65_HS1-834228961_62-HQ-83894_Section_2
Agency: FBI
Page 103
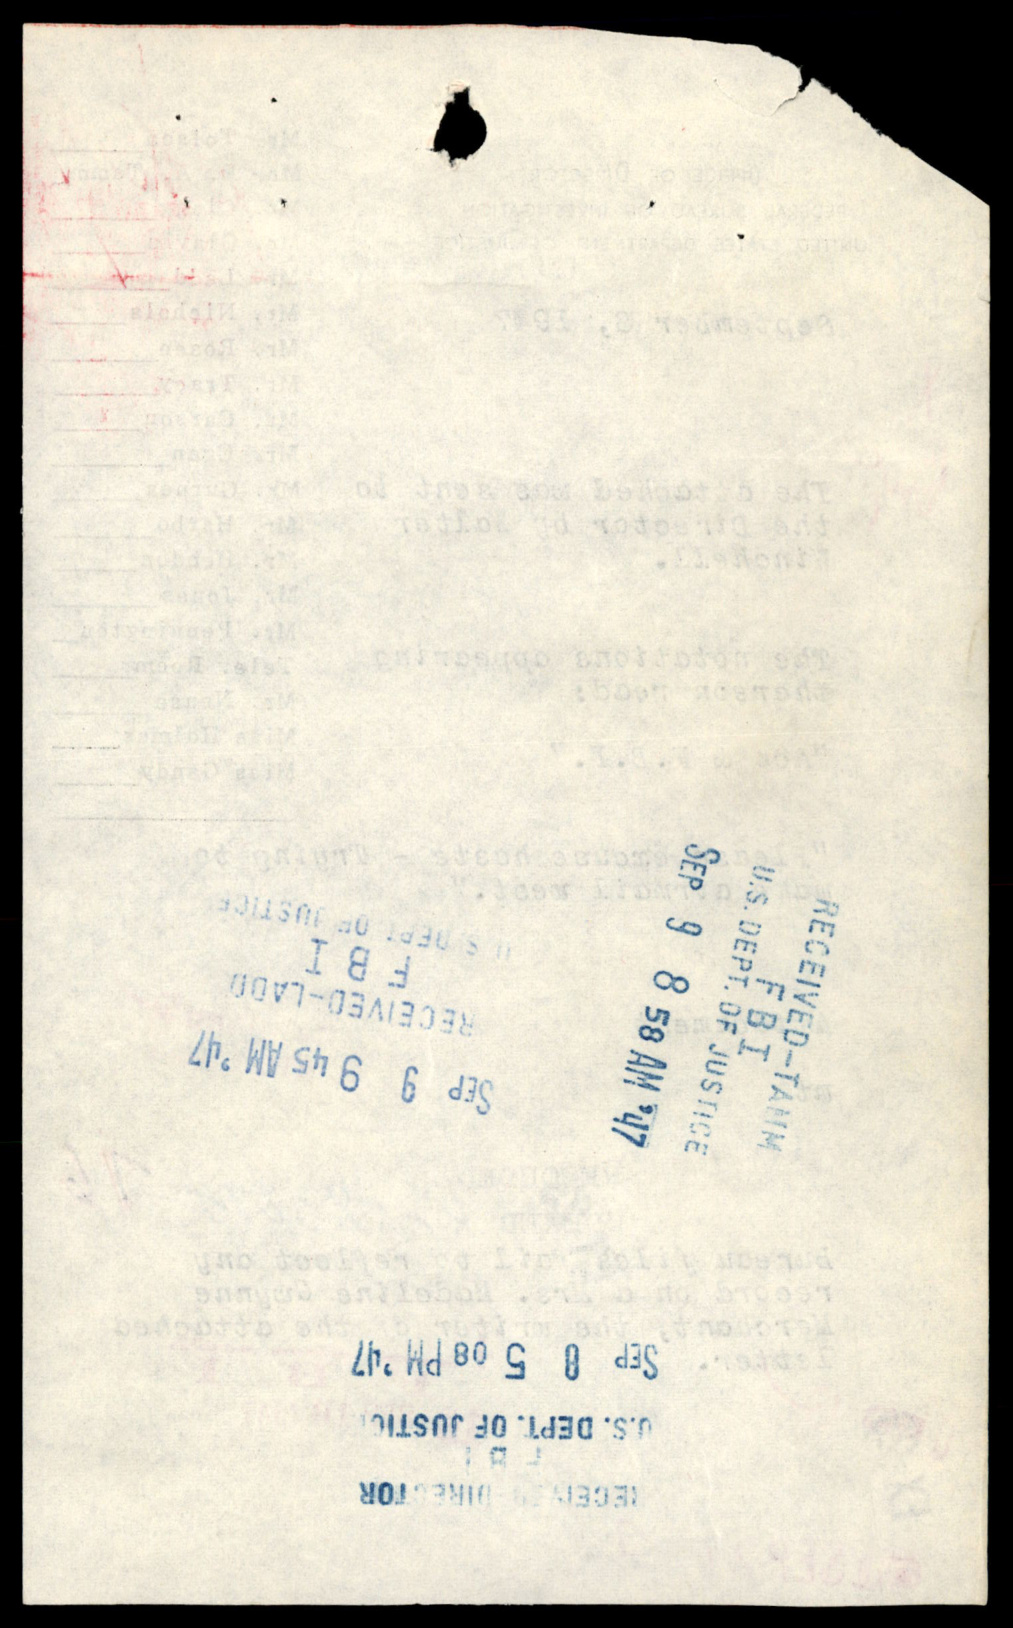